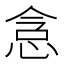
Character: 𫺐